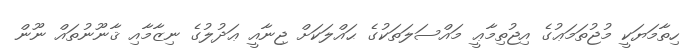
ހިތާމަޔަކީ މުޖުތަމަޢުގެ އިޖުތިމާޢީ މައްސަލަތަކުގެ ޙައްލަކަށް ޖިނާއީ ޢަދުލުގެ ނިޒާމާއި ޤާނޫނުތައް ނޫން